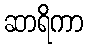
ဆာရိကာ